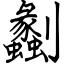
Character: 劙